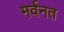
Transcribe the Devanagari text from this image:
मर्वनत